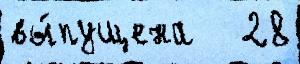
вы́пущена   28